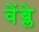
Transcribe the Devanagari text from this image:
वेंब्ले